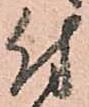
付